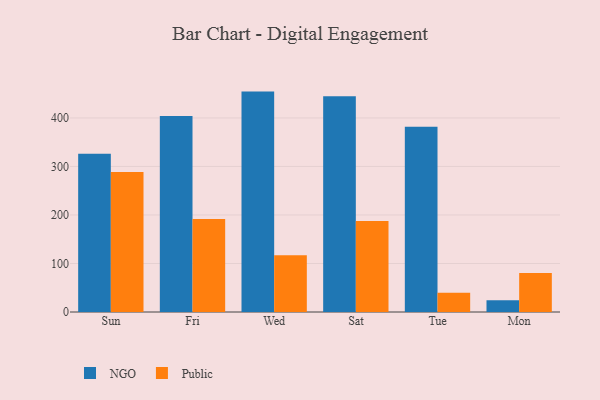
{"axis": {"x": "Day", "y": "Budget (USD K)"}, "legend": ["NGO", "Public"], "data": [{"x": "Sun", "y": 326.2, "type": "NGO"}, {"x": "Sun", "y": 288.6, "type": "Public"}, {"x": "Fri", "y": 404.1, "type": "NGO"}, {"x": "Fri", "y": 191.7, "type": "Public"}, {"x": "Wed", "y": 454.3, "type": "NGO"}, {"x": "Wed", "y": 117.1, "type": "Public"}, {"x": "Sat", "y": 444.7, "type": "NGO"}, {"x": "Sat", "y": 187.4, "type": "Public"}, {"x": "Tue", "y": 381.8, "type": "NGO"}, {"x": "Tue", "y": 39.5, "type": "Public"}, {"x": "Mon", "y": 24.3, "type": "NGO"}, {"x": "Mon", "y": 80.6, "type": "Public"}]}